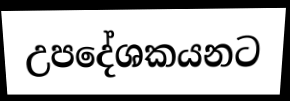
උපදේශකයනට